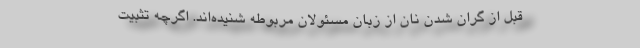
قبل از گران شدن نان از زبان مسئولان مربوطه شنیده‌اند. اگرچه تثبیت